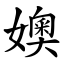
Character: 㜩